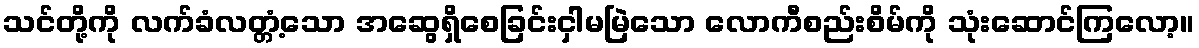
သင်တို့ကို လက်ခံလတ္တံ့သော အဆွေရှိစေခြင်းငှါမမြဲသော လောကီစည်းစိမ်ကို သုံးဆောင်ကြလော့။